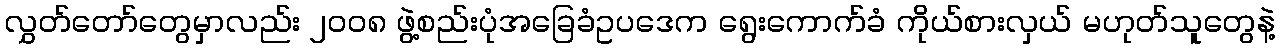
လွှတ်တော်တွေမှာလည်း ၂၀၀၈ ဖွဲ့စည်းပုံအခြေခံဥပဒေက ရွေးကောက်ခံ ကိုယ်စားလှယ် မဟုတ်သူတွေနဲ့